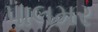
પાલમર